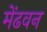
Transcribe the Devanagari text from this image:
मेंढवन